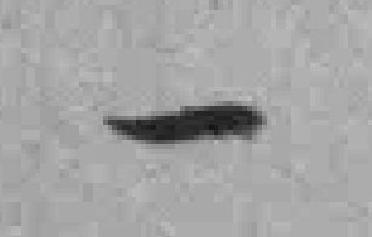
一